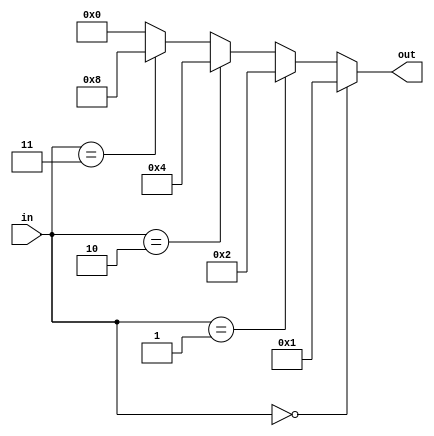
`timescale 1ns / 1ps
module problem1(
    input [1:0]in,
    output reg [3:0] out
       );
    always @(in)
    begin
        if(in == 2'b00)
            out = 4'b0001 ;
        else if(in == 2'b01)
            out = 4'b0010 ;
        else if(in == 2'b10)
            out = 4'b0100 ; 
        else if(in == 2'b11) 
            out = 4'b1000 ;
        else
            out = 4'b0000;
    end
endmodule